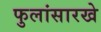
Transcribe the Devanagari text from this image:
फुलांसारखे